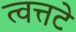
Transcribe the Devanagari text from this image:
त्वत्तटे